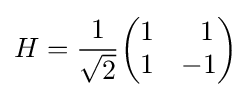
H={\frac {1}{\sqrt {2}}}{\begin{pmatrix}1&\;\;1\\1&-1\end{pmatrix}}